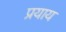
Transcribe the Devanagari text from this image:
प्रयाय